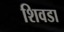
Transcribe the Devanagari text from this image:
शिवडा